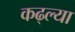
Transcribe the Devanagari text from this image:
कढ्ल्या